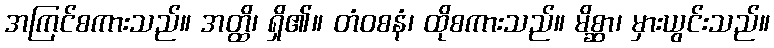
အကြင်စကားသည်။ အတ္ထိ၊ ရှိ၏။ တံဝစနံ၊ ထိုစကားသည်။ မိစ္ဆာ၊ မှားယွင်းသည်။